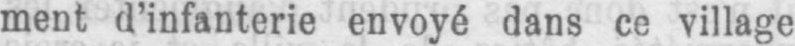
ment d’infanterie envoyé dans ce village